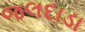
જલદાડા